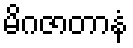
မိဂဇာတာနံ